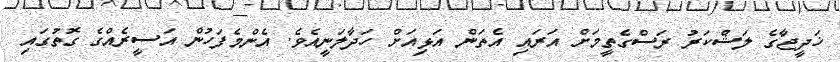
ޚަދީޖާގެ ލަޝްކަރު ރަސްގެތީމަށް އަރައި އެތަން އަޅިއަށް ހަދާލަނީއެވެ. އެންމެފަހުން އަސީރެއްގެ ގޮތުގައި